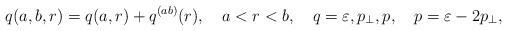
\begin{align*}q(a,b,r)=q(a,r)+q^{(ab)}(r),\quad a<r<b, \quad q=\varepsilon ,p_\perp ,p,\quad p=\varepsilon -2p_\perp ,\end{align*}